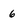
Character: 6